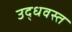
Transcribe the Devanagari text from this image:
उद्धवस्त